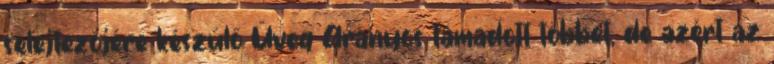
selejtezőjére készülő Üveg Aranyos támadott többet, de azért az